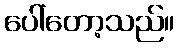
ပေါ်တော့သည်။